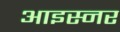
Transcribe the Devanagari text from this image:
आइस्नर